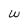
Character: w